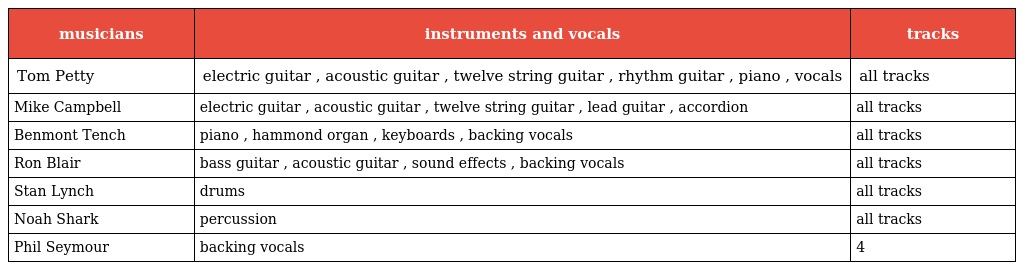
| musicians | instruments and vocals | tracks |
 | --- | --- | --- |
 | Tom Petty | electric guitar , acoustic guitar , twelve string guitar , rhythm guitar , piano , vocals | all tracks |
 | Mike Campbell | electric guitar , acoustic guitar , twelve string guitar , lead guitar , accordion | all tracks |
 | Benmont Tench | piano , hammond organ , keyboards , backing vocals | all tracks |
 | Ron Blair | bass guitar , acoustic guitar , sound effects , backing vocals | all tracks |
 | Stan Lynch | drums | all tracks |
 | Noah Shark | percussion | all tracks |
 | Phil Seymour | backing vocals | 4 |